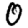
Digit: 0